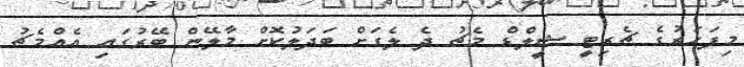
މިފަހަރުގެ ޗެރިޓީ ޝީލްޑް މެޗު ދެ ލެގަށް ބަދަލުކޮށް މާލޭން ބޭރުގައި އެއްމެޗު